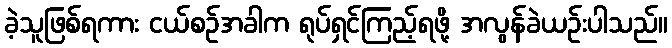
ခဲ့သူဖြစ်ရကား ငယ်စဉ်အခါက ရုပ်ရှင်ကြည့်ရဖို့ အလွန်ခဲယဉ်းပါသည်။